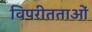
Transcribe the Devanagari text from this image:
विपरीतताओं